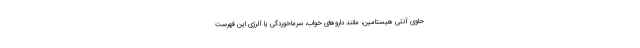
حاوی آنتی هیستامین، مانند داروهای خواب، سرماخوردگی یا آلرژی این فهرست